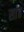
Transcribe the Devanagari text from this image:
सांढ